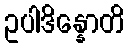
ဥပါဒိန္နောတိ